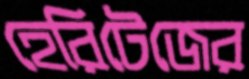
হেরিটেজের